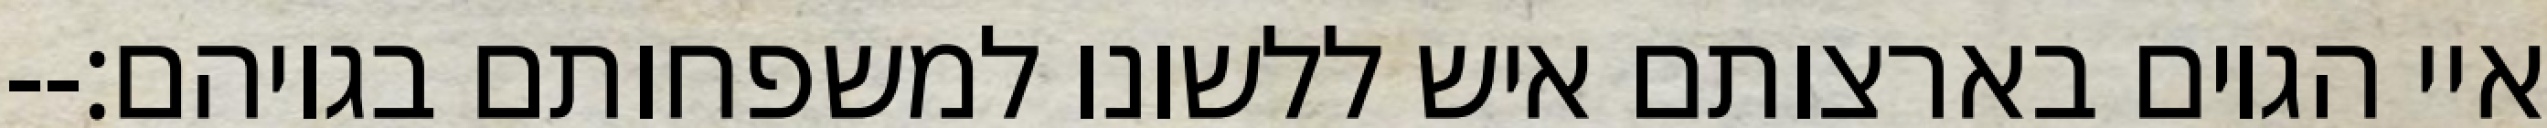
איי הגוים בארצותם איש ללשונו למשפחותם בגויהם׃--